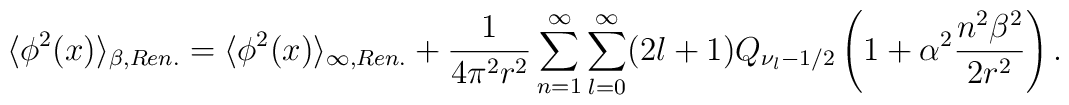
\langle\phi^2(x)\rangle_{\beta,Ren.}=\langle\phi^2(x)\rangle_{\infty,Ren.}+\frac{1}{4\pi^2r^2}\sum_{n=1}^{\infty}\sum_{l=0}^{\infty}(2l+1)Q_{\nu_l-1/2}\left(1+\alpha^2\frac{n^2\beta^2}{2r^2}\right).